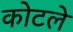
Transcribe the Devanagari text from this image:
कोटले